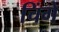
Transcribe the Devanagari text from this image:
चिंगे